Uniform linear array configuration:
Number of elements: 12
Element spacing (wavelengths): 0.75
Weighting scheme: kaiser
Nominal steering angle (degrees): -45
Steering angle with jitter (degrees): -43.923
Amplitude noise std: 0.05
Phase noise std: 0.05

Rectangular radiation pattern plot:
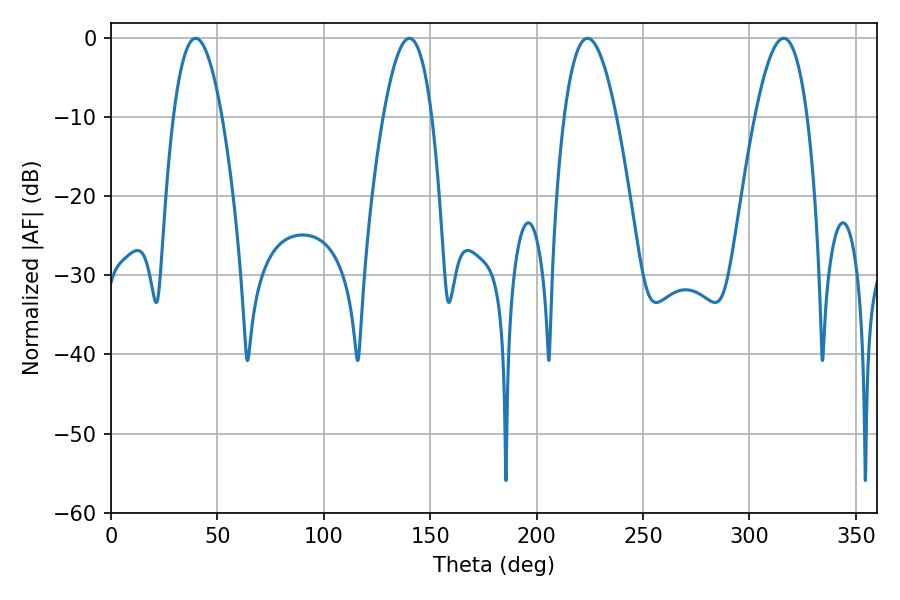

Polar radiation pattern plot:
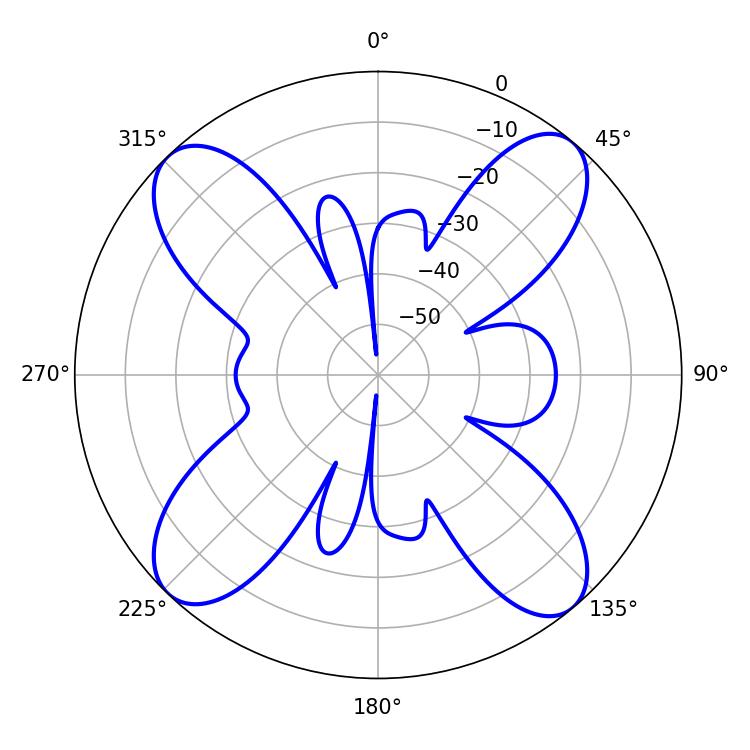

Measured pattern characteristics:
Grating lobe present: TRUE
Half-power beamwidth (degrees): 13.5
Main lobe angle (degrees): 223.92